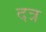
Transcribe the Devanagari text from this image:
दत्र